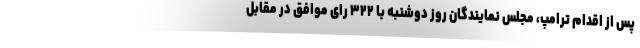
پس از اقدام ترامپ، مجلس نمایندگان روز دوشنبه با ۳۲۲ رای موافق در مقابل